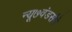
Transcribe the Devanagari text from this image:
न्यू७वंडर्सने